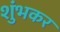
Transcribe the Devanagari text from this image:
शुंभकर